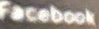
Facebook